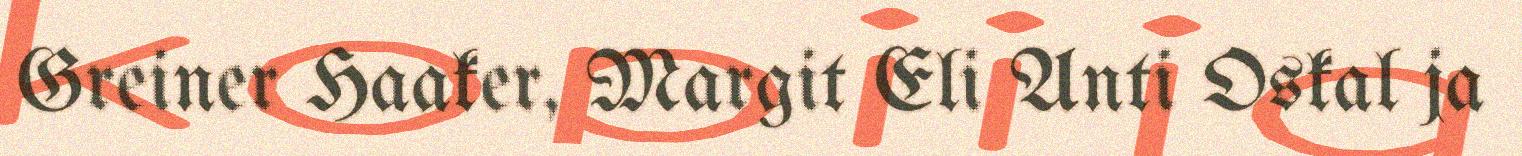
Greiner Haaker, Margit Eli Anti Oskal ja